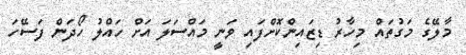
މާލޭގެ މަގުތައް މިހާރު ޑިޒައިންކޮށްފައި ވަނީ މައްސަލަ އަށް ހައްލު ހޯދަން ފަސޭހަ